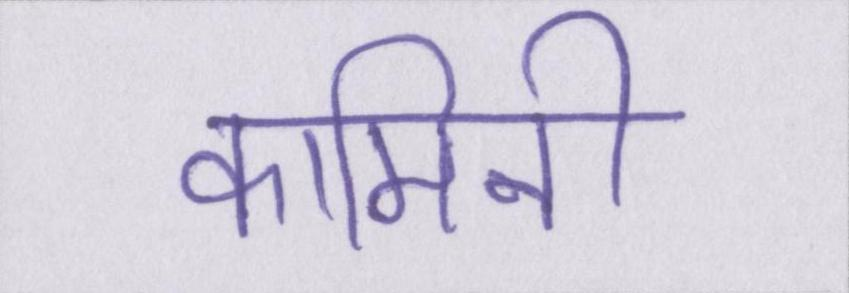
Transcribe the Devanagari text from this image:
कामिनी